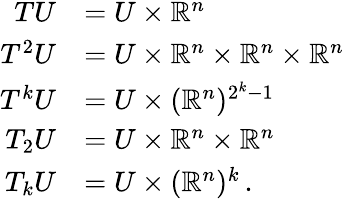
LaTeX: \begin{array}{rl}{{T}U}&{=U\times\mathbb{R}^{n}}\\ {{T}^{2}U}&{=U\times\mathbb{R}^{n}\times\mathbb{R}^{n}\times\mathbb{R}^{n}}\\ {{T}^{k}U}&{=U\times(\mathbb{R}^{n})^{2^{k}-1}}\\ {{T}_{2}U}&{=U\times\mathbb{R}^{n}\times\mathbb{R}^{n}}\\ {{T}_{k}U}&{=U\times(\mathbb{R}^{n})^{k}\, .}\end{array}